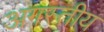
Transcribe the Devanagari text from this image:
अगस्तीय